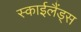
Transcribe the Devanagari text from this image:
स्‍काईलैंड्स